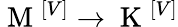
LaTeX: \mathrm{~M~}^{\left[V\right]}\rightarrow\mathrm{~K~}^{\left[V\right]}